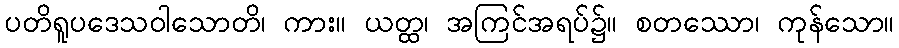
ပတိရူပဒေသဝါသောတိ၊ ကား။ ယတ္ထ၊ အကြင်အရပ်၌။ စတဿော၊ ကုန်သော။